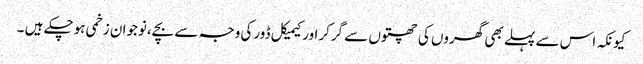
کیونکہ اس سے پہلے بھی گھروں کی چھتوں سے گرکراورکیمیکل ڈورکی وجہ سے بچے،نوجوان زخمی ہوچکے ہیں ۔